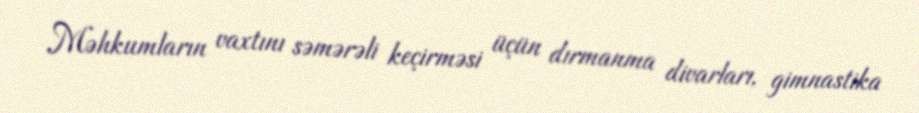
Məhkumların vaxtını səmərəli keçirməsi üçün dırmanma divarları, gimnastika